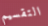
التقسيم